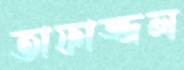
তাফাজ্জল